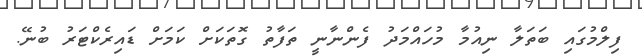
ފިލްމުގައި ބަތަލާ ނިއުމާ މުހައްމަދު ފެންނާނީ ތަފާތު ގޮތަކަށް ކަމަށް ޑައިރެކްޓަރު ބުނޭ.